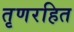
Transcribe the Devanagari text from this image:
तृणरहित